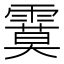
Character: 𩄻